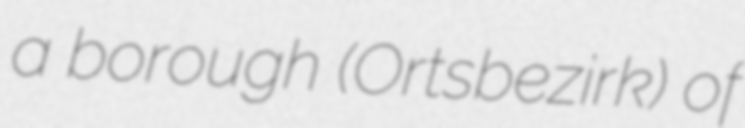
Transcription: a borough (Ortsbezirk) of